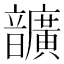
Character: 𩑈